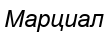
Марциал